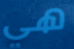
هي